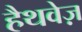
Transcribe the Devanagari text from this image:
हैथवेज़